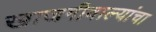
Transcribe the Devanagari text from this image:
खाजगीवाल्यांचा